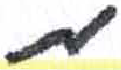
אות: מ